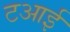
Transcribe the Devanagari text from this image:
टआई